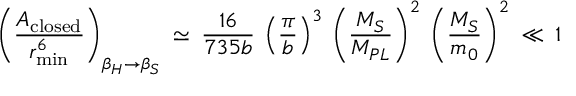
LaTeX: \left( \frac { { \cal A } _ { \mathrm { c l o s e d } } } { r _ { \operatorname * { m i n } } ^ { 6 } } \right) _ { \beta _ { H } \to \beta _ { S } } \: \simeq \: \frac { 1 6 } { 7 3 5 b } \: \left( \frac { \pi } { b } \right) ^ { 3 } \: \left( \frac { M _ { S } } { M _ { P L } } \right) ^ { 2 } \: \left( \frac { M _ { S } } { m _ { 0 } } \right) ^ { 2 } \: \ll \: 1